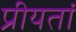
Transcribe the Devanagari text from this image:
प्रीयतां